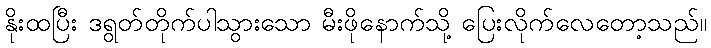
နိုးထပြီး ဒရွတ်တိုက်ပါသွားသော မီးဖိုနောက်သို့ ပြေးလိုက်လေတော့သည်။